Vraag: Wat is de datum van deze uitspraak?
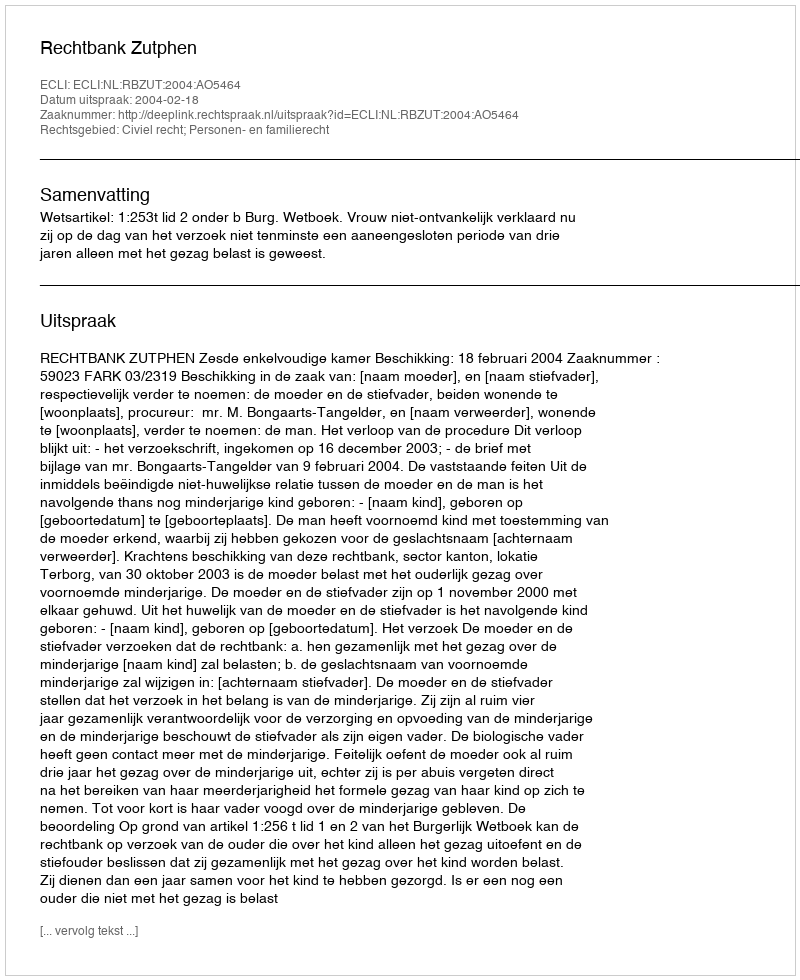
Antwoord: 2004-02-18